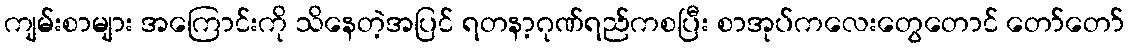
ကျမ်းစာများ အကြောင်းကို သိနေတဲ့အပြင် ရတနာ့ဂုဏ်ရည်ကစပြီး စာအုပ်ကလေးတွေတောင် တော်တော်